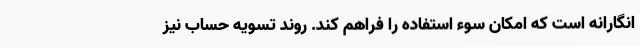
انگارانه است که امکان سوء استفاده را فراهم کند. روند تسویه حساب نیز